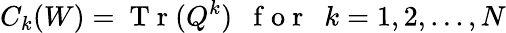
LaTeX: C_{k}(W)=\mathrm{~T~r~}(Q^{k})\ \ \mathrm{~f~o~r~}\ \ k=1,2,...,N